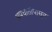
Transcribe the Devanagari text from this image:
अपघातांपासून